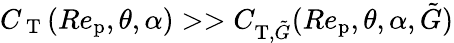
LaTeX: C_{\mathrm{~T~}}(Re_{\textup{p}},\theta,\alpha)>>C_{\textup{T},\tilde{G}}(Re_{\textup{p}},\theta,\alpha,\tilde{G})